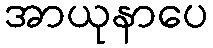
အာယုနာပေ